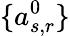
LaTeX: \{ a_{s,r}^{0}\}